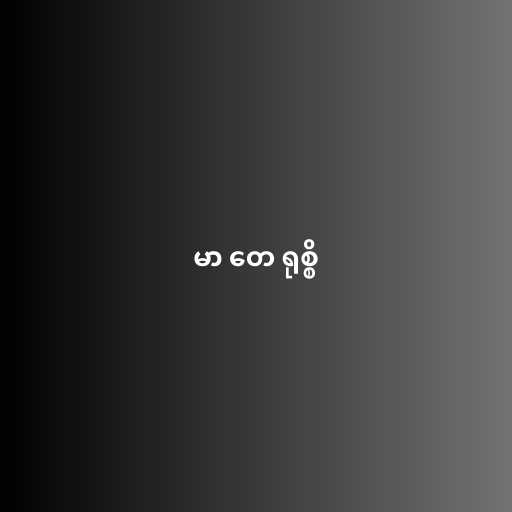
မာ တေ ရုစ္စိ